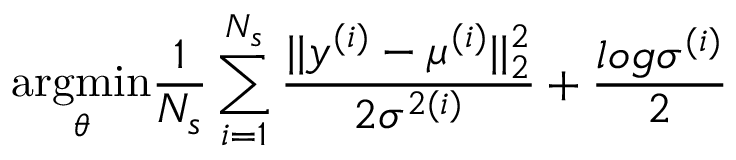
\underset { \theta } { \mathrm { a r g m i n } } \frac { 1 } { N _ { s } } \sum _ { i = 1 } ^ { N _ { s } } \frac { | | y ^ { ( i ) } - \mu ^ { ( i ) } | | _ { 2 } ^ { 2 } } { 2 \sigma ^ { 2 ( i ) } } + \frac { l o g \sigma ^ { ( i ) } } { 2 }